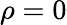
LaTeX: \rho=0